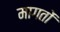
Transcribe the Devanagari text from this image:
मागतों